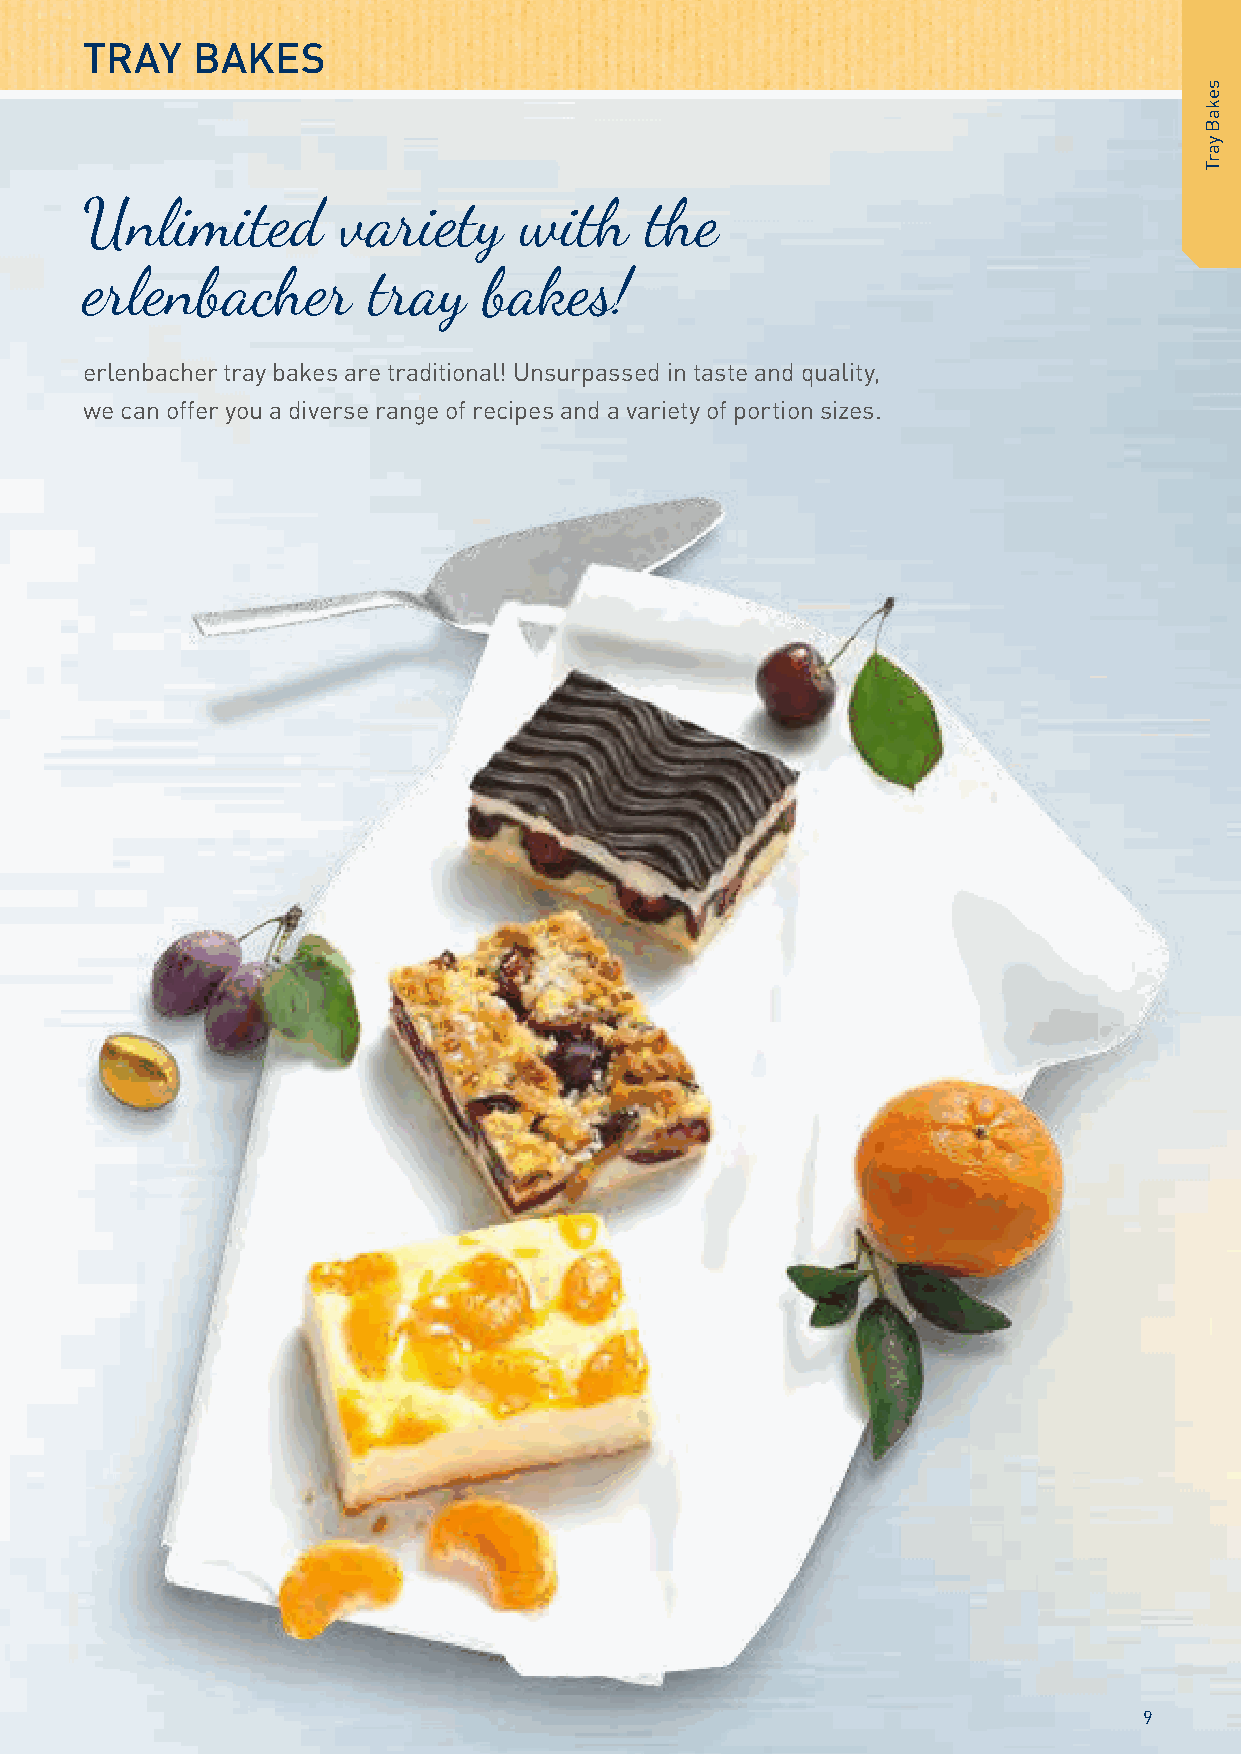
TRAY    BAKES
 Unlimited        variety     with     the
 erlenbacher        tray    bakes!
 erlenbacher tray bakes are traditional! Unsurpassed in taste and quality,
 we can offer you a diverse range of recipes and a variety of portion sizes.
 9
 sekaB
 yarT